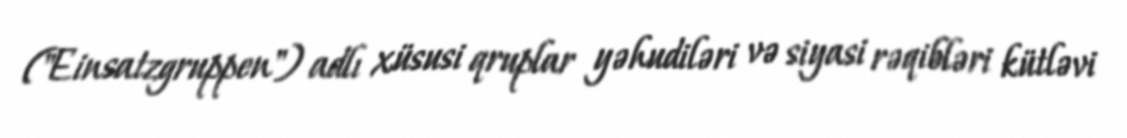
("Einsatzgruppen") adlı xüsusi qruplar yəhudiləri və siyasi rəqibləri kütləvi